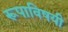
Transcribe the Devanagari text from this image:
रूपाविषयी